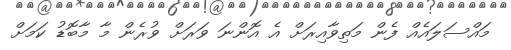
މައްސަލައެއް ފެން މަތިވާއިރަށް އެ އޮންނަ ވަރަށް ވުރެން މާ މާބޮޑު ކަމަށް